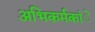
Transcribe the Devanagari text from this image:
अभिकर्मकांे